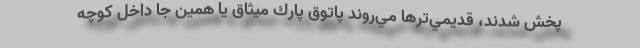
پخش شدند، قديمي‌ترها مي‌روند پاتوق پارك ميثاق يا همين جا داخل كوچه